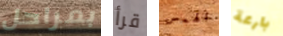
بمراحل قرأ الهمس بارعة